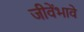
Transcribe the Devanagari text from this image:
जीवेंभावें